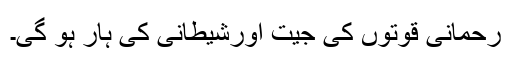
رحمانی قوتوں کی جیت اورشیطانی کی ہار ہو گی۔